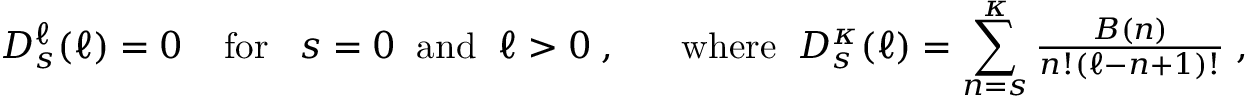
D _ { s } ^ { \ell } ( \ell ) = 0 \; \; \; \; \mathrm { f o r } \; \; \; s = 0 \; \; \mathrm { a n d } \; \; \ell > 0 \; , \; \; \; \; \; \; \mathrm { w h e r e } \; \; D _ { s } ^ { \kappa } ( \ell ) = \sum _ { n = s } ^ { \kappa } { \textstyle \frac { B ( n ) } { n ! ( { \ell } - n + 1 ) ! } } \; ,